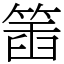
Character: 𥯥